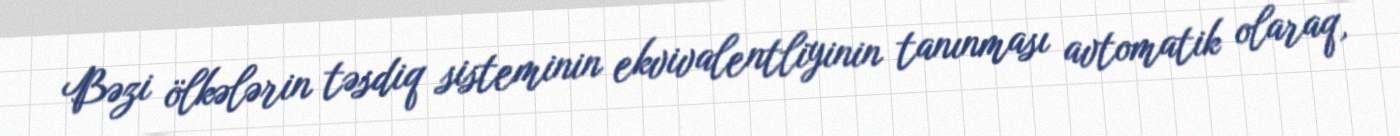
Bəzi ölkələrin təsdiq sisteminin ekvivalentliyinin tanınması avtomatik olaraq,